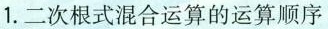
1.二次根式混合运算的运算顺序